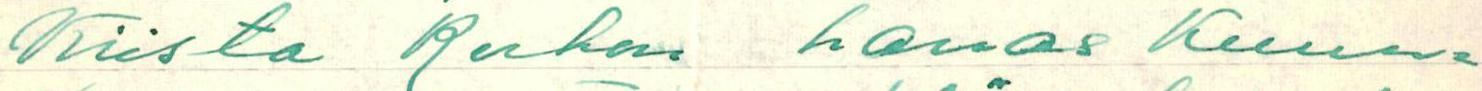
Kiista Rukan harras Kuun=